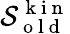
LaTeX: \mathcal{S}_{\mathrm{~o~l~d~}}^{\mathrm{~k~i~n~}}